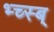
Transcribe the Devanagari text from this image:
भ्च्स्ब्